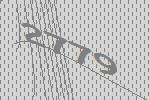
2779